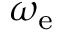
\omega _ { \mathrm { e } }